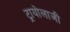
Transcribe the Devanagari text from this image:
ट्रायोलाजी